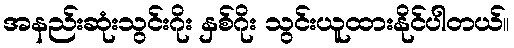
အနည်းဆုံးသွင်းဂိုး နှစ်ဂိုး သွင်းယူထားနိုင်ပါတယ်။